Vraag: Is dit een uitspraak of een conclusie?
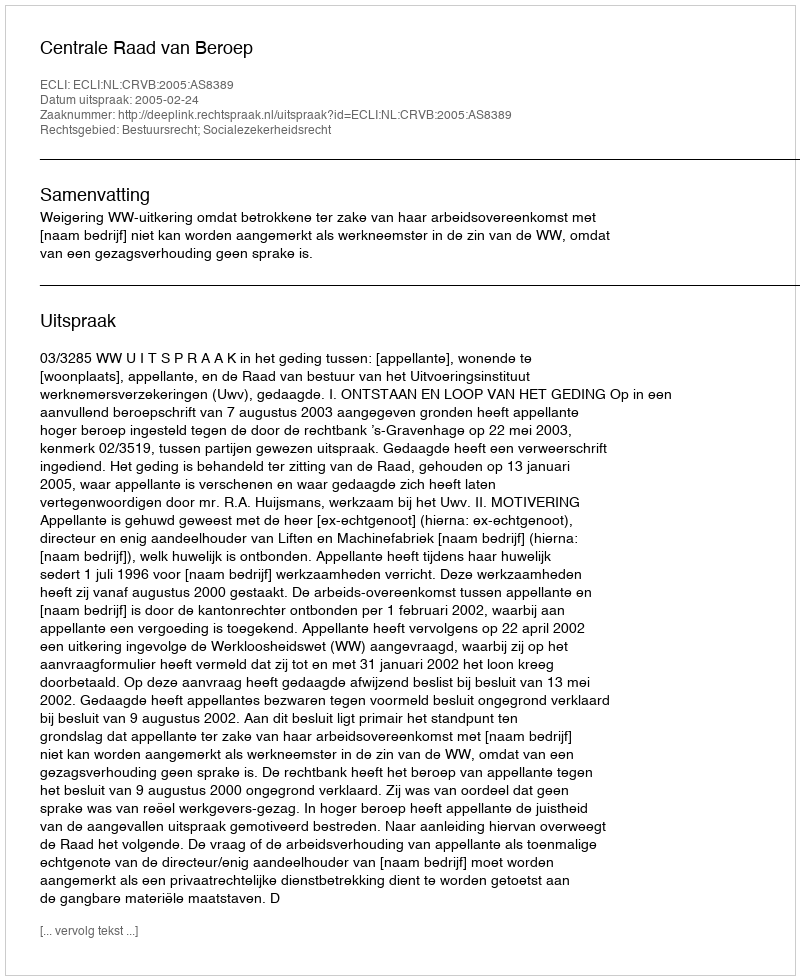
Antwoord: Uitspraak